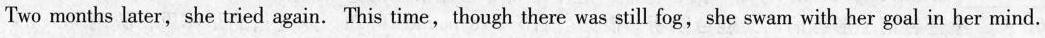
Two months later, she tried again.This time,though there was still fog,she swam with her goal in her mind.